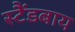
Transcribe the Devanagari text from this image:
स्टैंडबाय